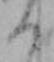
く